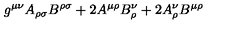
g ^ { \mu \nu } A _ { \rho \sigma } B ^ { \rho \sigma } + 2 A ^ { \mu \rho } B _ { \rho } ^ { \nu } + 2 A _ { \rho } ^ { \nu } B ^ { \mu \rho }